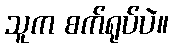
သူက စက်ရုပ်ပဲ။